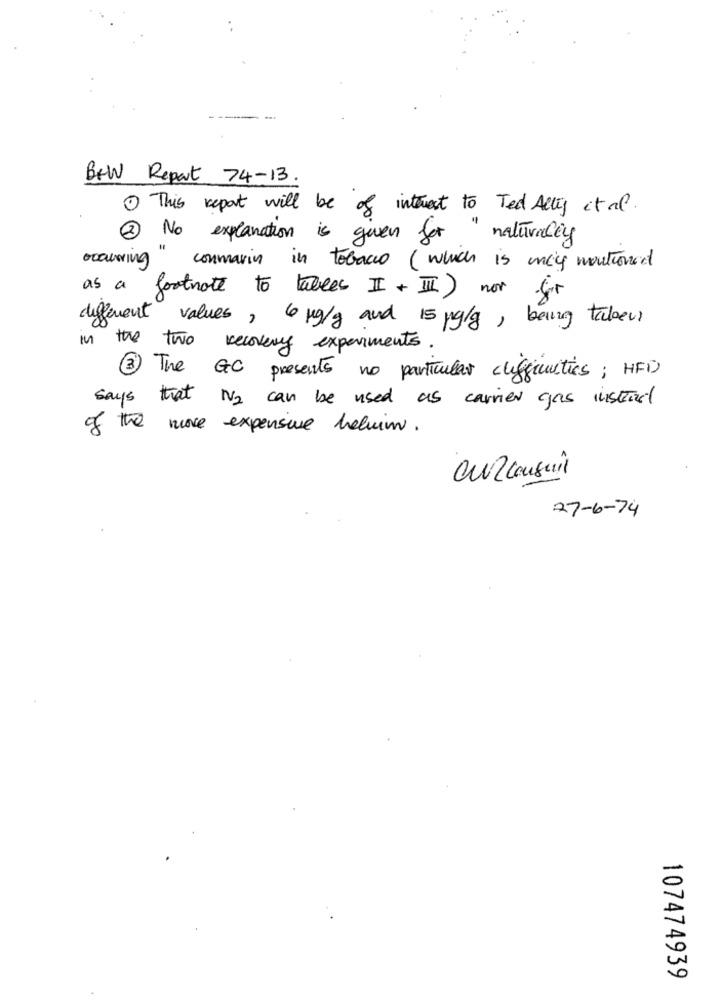
Btw Report 74-13.
1 This report will be of interest to Ted Ally et al.
2 No explanation is given for naturally
occuring
conmarin in tobacco ( which is may noutround
as a
footnote to tables II + II) nor for
different
values, 6 mg/g and 15 mg/g, being taken
in the two recovery experiments.
3 The GC presents no particular difficulties; HFD
says that N2 can be used as carrier gas instead
of the more expensive helmin.
Ou consuit
27-6-74
107474939